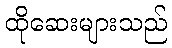
ထိုဆေးများသည်